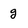
Character: g